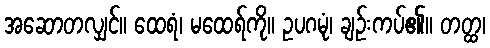
အဆောတလျှင်။ ထေရံ၊ မထေရ်ကို။ ဥပဂမုံ၊ ချဉ်းကပ်၏။ တတ္ထ၊